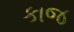
કાજ